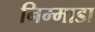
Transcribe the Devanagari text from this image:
निम्माडा